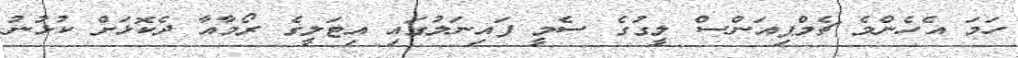
ހަމަ އެހެންމެ ޗެމްޕިއަންސް ލީގުގެ ސެމީ ފައިނަލުގައި އިޓަލީގެ ރޯމާއާ ދެކޮޅަށް ކުޅުނު